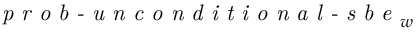
\textit { p r o b - u n c o n d i t i o n a l - s b e } _ { w }